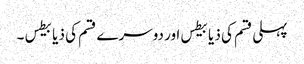
پہلی قسم کی ذیابیطس اور دوسرے قسم کی ذیابیطس ۔